Civil Veterinary Dept. Bombay admin report 1907-1913 - 1907-1913
Year: 1907
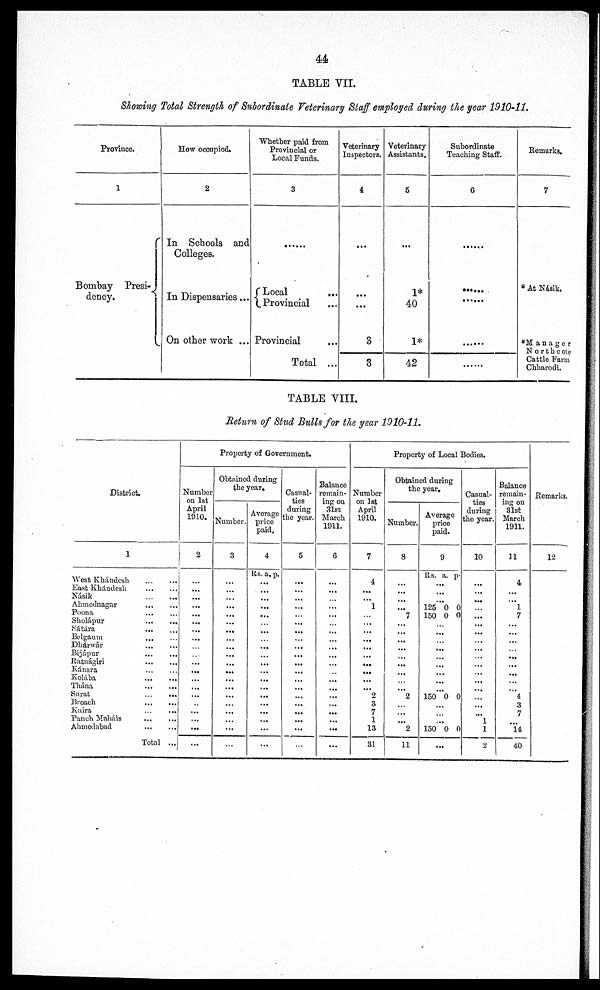
44
TABLE VII.
Showing Total Strength of Subordinate Veterinary Staff employed during the year 1910-11.
Province.
1
Bombay Presi-
dency.
How occupied.
2
In Schools and
Colleges.
In Dispensaries...
On other work ...
Whether paid from
Provincial or
Local Funds.
3
......
Local ...
Provincial ...
Provincial
Total ...
Veterinary
Inspectors.
4
...
...
...
3
3
Veterinary
Assistants.
5
...
1*
40
1*
42
Subordinate
Teaching Staff.
6
......
......
......
......
......
Remarks.
7
*At Násik.
*Manager
Northcote
Cattle Farm
Chharodi.
TABLE VIII.
Return of Stud Bulls for the year 1910-11.
District.
1
West Khándesh
...
...
East Khándesh
...
...
Násik
...
...
Ahmednagar
...
...
Poona ... ...
Sholápur ... ...
Sátára ...
Belgaum
...
...
Dhárwár
...
...
Bijápur
...
...
Ratnágiri
...
...
Kánara
...
...
Kolába
...
...
Thána
...
...
Surat
...
...
Broach
...
...
Kaira
...
...
Panch Maháls
...
...
Ahmedabad
...
...
Total ...
Property of Government.
Number
on 1st
April
1910.
2
...
...
...
...
...
...
...
...
...
...
...
...
...
...
...
...
...
...
...
...
Obtained during
the year.
Number .
3
...
...
...
...
...
...
...
...
...
...
...
...
...
...
...
...
...
...
...
...
Average
price
paid.
4
Rs. a. p.
...
...
...
...
...
...
...
...
...
...
...
...
...
...
...
...
...
...
...
...
Casual-
ties
during
the year.
5
...
...
...
...
...
...
...
...
...
...
...
...
...
...
...
...
...
...
...
...
Balance
remain-
ing on
31st
March
1911.
6
...
...
...
...
...
...
...
...
...
...
...
...
...
...
...
...
...
...
...
...
Property of Local Bodies.
Number
on 1st
April
1910.
7
4
...
...
1
...
...
...
...
...
...
...
...
...
...
2
3
7
1
13
31
Obtained during
the year.
Number.
8
...
...
...
...
7
...
...
...
...
...
...
...
...
...
2
...
...
...
2
11
Average
price
paid.
9
Rs. a. p.
...
...
...
126 0 0
150 0 0
...
...
...
...
...
...
...
...
...
150 0 0
...
...
...
150 0 0
...
Casual-
ties
during
the year.
10
...
...
...
...
...
...
...
...
...
...
...
...
...
...
...
...
...
1
1
2
Balance
remain-
ing on
31st
March
1911.
11
4
...
...
1
7
...
...
...
...
...
...
...
...
...
4
3
7
...
14
40
Remarks.
12